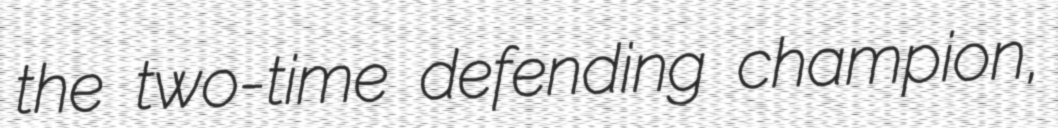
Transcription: the two-time defending champion,